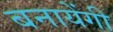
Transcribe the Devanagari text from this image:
बनायेंगी